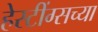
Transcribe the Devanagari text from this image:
हेस्टींग्सच्या